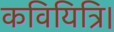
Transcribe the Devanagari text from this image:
कवियित्रि।